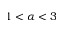
1 < \alpha < 3